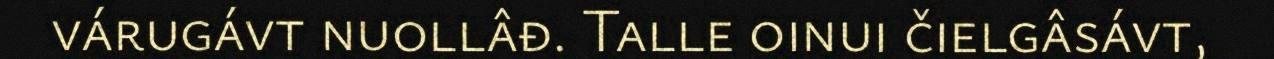
várugávt nuollâđ. Talle oinui čielgâsávt,